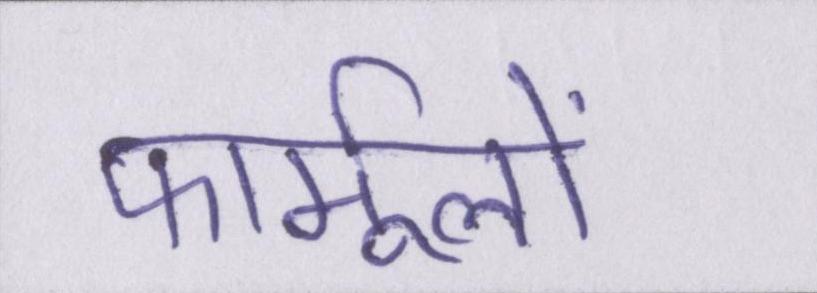
फार्मूलों